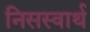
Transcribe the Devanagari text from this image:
निसस्वार्थ